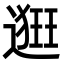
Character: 𨖢